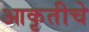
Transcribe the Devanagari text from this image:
आकृतीचे